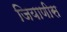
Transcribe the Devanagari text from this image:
जियाणीस